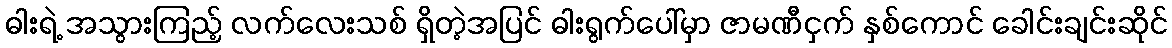
ဓါးရဲ့ အသွားကြည့် လက်လေးသစ် ရှိတဲ့အပြင် ဓါးရွက်ပေါ်မှာ ဇာမဏီငှက် နှစ်ကောင် ခေါင်းချင်းဆိုင်